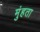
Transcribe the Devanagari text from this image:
मुंहता